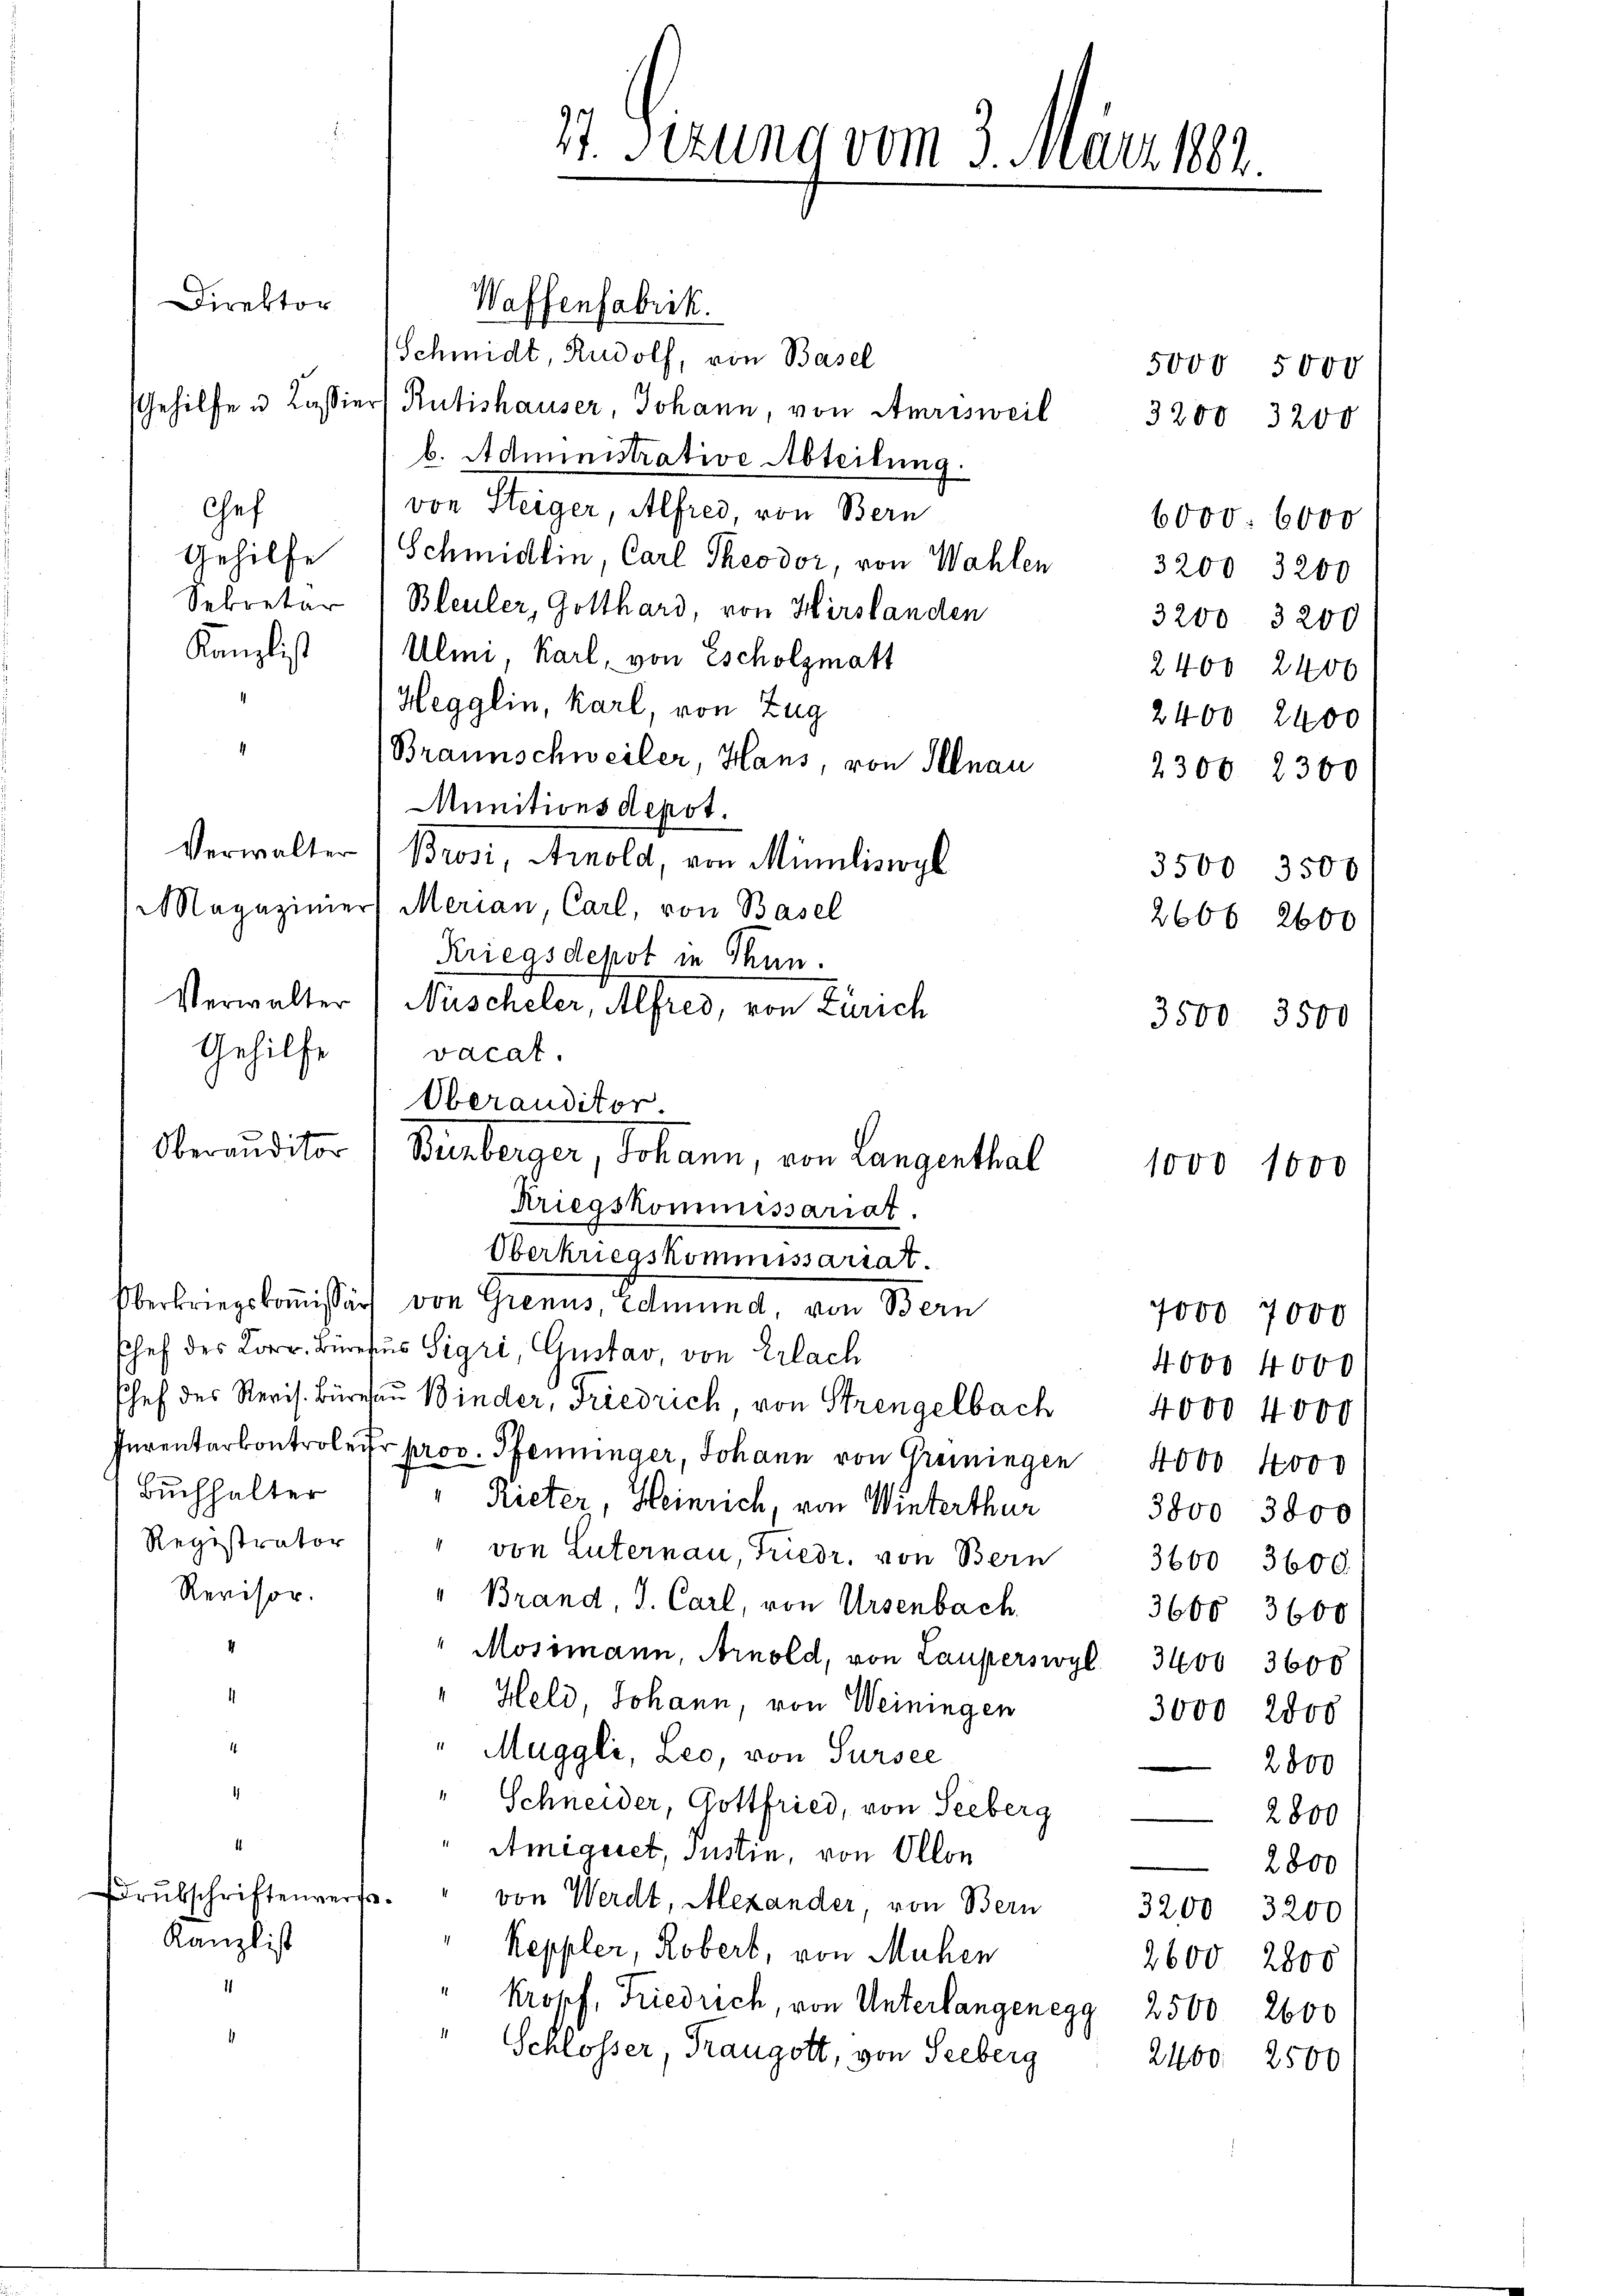
Waffenfabrik.
Schmidt, Rudolf, von Basel
5000 5000
Gehilfe u. Cassiers Rütishauser, Johann, von Amrisweil 3200 3200
b. Administrative Abteilung.
von Steiger, Alfred, von Bern
6000. 6000
Gehilfe (Schmidlin, Carl Theodor, von Wahlen
3200 3200
Sekretär 1 Bleuler, Gotthard, von Hirslanden
3200 3200
Kanzlist Ulmi, Karl, von Escholzmatt
2400 2400
Hegglin, Karl, von Zug
2400 2400
Braunschweiler, Hans, von Illnau
2300. 2300
Munitionsdepot.
Verwalter Brosi, Arnold, von Miniliswyl
3500 3500
Magazinier Merian, Carl, von Basel
2606 2600
Kriegsdepot in Thun.
Verwalter) Nüscheler, Alfred, von Zürich
3500 3500
Gehilfe
vacat.
Oberauditor
Oberauditor 1 Bünberger, Johann, von Langenthal
Kriegskommissariat.
Oberkriegskommissariat.
Verbriegskommißion von Grenus, Balmend, von Bern
7000 7000
Chef des Korr. Bürefus Sigri, Gustav, von Erlach
4000. 4000
hef des Revis. Bürchen Binder, Friedrich von Strengelbach 4000 4000
Inventarkontroler prov. Pfenninger, Johann von Greiningen 4000 4000
Buchhalter " " Rieter, Heinrich, von Winterthur
3800 3800
Registrator) " von Luternau, Friedr. von Bern
3600 3600.
Revisor.
" Brand, S. Carl, von Ursenbach
3668 3600
"Mosimann, Arnold, von Lauperswyl 3400 3600
1
" Held, Johann, von Weiningen
3000 2800
16
"Muggli, Leo, von Sursee
2800
1
" Schneider, Gottfried, von Seeberg
2800
Amigiret, Justin, von Ollon
2800
rubschriftenversvon Werdt, Alexander, von Bern
3200 3200
Kanzlist
Keppler, Robert, von Mühen
2600 2800
Kropf, Friedrich, von Unterlangenegg 2500 2600
Schlosser, Traugott, von Seeberg
2400. 2500

Direktor

Chef

. Sizung vom 3. März 1882.

1000 1000